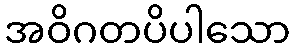
အဝိဂတပိပါသော